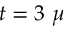
t = 3 ~ \mu